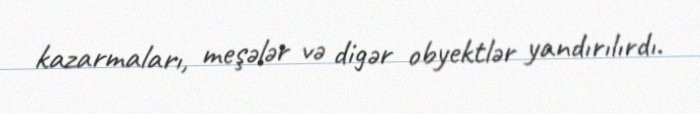
kazarmaları, meşələr və digər obyektlər yandırılırdı.